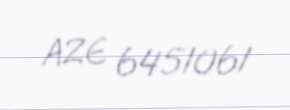
AZE 6451061